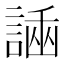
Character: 𧪗